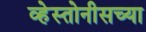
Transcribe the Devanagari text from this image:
व्हेस्तोनीसच्या